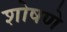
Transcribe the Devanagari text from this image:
शोषणे